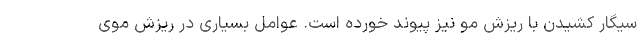
سیگار کشیدن با ریزش مو نیز پیوند خورده است. عوامل بسیاری در ریزش موی